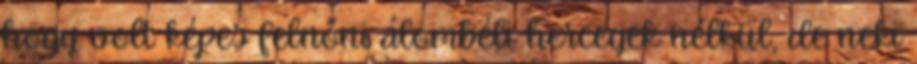
hogy volt képes felnőni álombéli hercegek nélkül, de neki